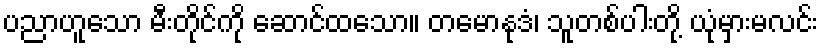
ပညာဟူသော မီးတိုင်ကို ဆောင်ထသော။ တမောနုဒံ၊ သူတစ်ပါးတို့ ယုံမှားမလင်း